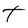
Character: t